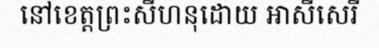
នៅខេត្តព្រះសីហនុដោយ អាសីសេរី